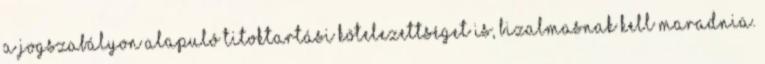
a jogszabályon alapuló titoktartási kötelezettséget is, bizalmasnak kell maradnia.